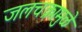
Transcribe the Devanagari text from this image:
जलचक्रामुळे